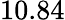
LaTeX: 10.84